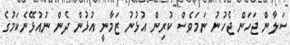
ސަލާން ޖަހަން ޖެހުނު ނަމަވެސް ކުރިން އުޅުނު ޒަމާނީ އުޅުން ދެން ނުއުޅޭނެކަމުގެ